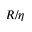
R / \eta